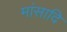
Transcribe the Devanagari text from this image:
मांसादि